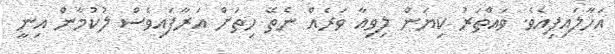
އަހާލައިފިއެވެ. ވައްތަރު ކިޔަން ލިވިއާ ވަރެއް ނެތޭ ހިތަށް އަރާފައިވެސް ލުކުމާން އިނީ